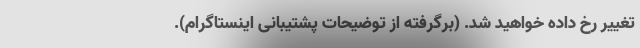
تغییر رخ داده خواهید شد. (برگرفته از توضیحات پشتیبانی اینستاگرام).